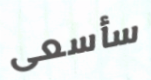
سأسعى